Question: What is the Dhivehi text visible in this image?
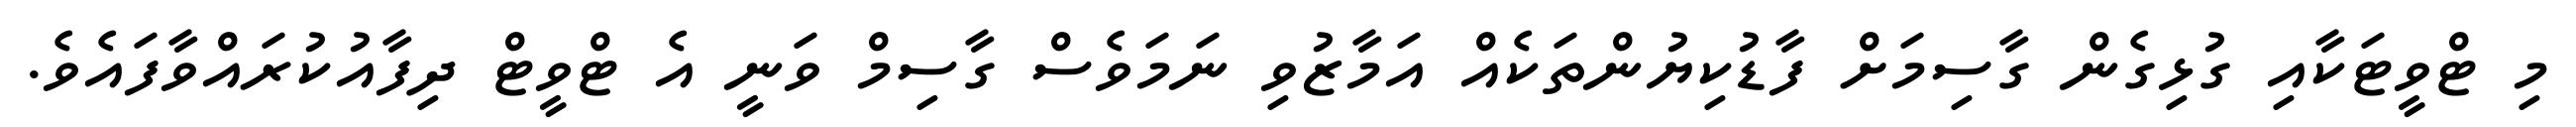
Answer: މި ޓްވީޓަކާއި ގުޅިގެން ގާސިމަށް ފާޑުކިޔުންތަކެއް އަމާޒުވި ނަމަވެސް ގާސިމް ވަނީ އެ ޓްވީޓް ދިފާއުކުރައްވާފައެވެ.